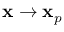
\mathbf { x } \to \mathbf { x } _ { p }